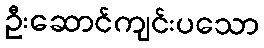
ဦးဆောင်ကျင်းပသော